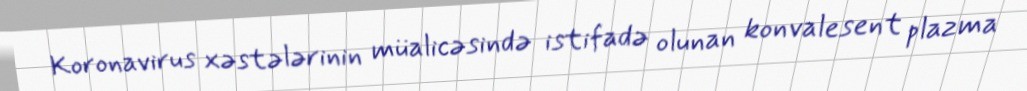
Koronavirus xəstələrinin müalicəsində istifadə olunan konvalesent plazma